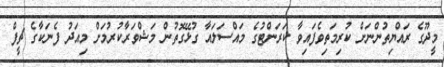
މީދޫގެ ރައްޔިތުންނަށް ކުރިމަތިވެފައިވާ ކަރަންޓުގެ މައްސަލައާ ގުޅޭގޮތުން މަޝްވަރާކުރުމަށް މިއަދު ފެނަކާގެ ޗީފް